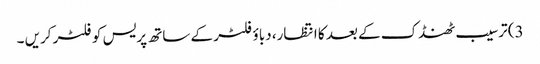
3) ترسیب ٹھنڈک کے بعد کا انتظار، دباؤ فلٹر کے ساتھ پریس کو فلٹر کریں ۔